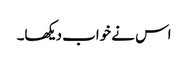
اس نے خواب دیکھا۔